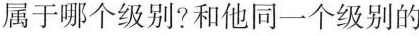
属于哪个级别?和他同一个级别的